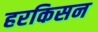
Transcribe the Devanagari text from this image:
हरकिसन